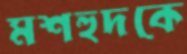
মশহুদকে